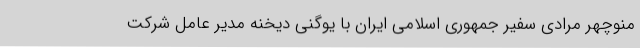
منوچهر مرادی سفیر جمهوری اسلامی ایران با یوگنی دیخنه مدیر عامل شرکت